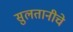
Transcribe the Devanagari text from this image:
सुलतानीचे